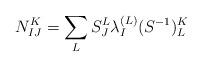
LaTeX: \begin{align*}N_{IJ}^K=\sum_LS_J^L\lambda _I^{(L)}(S^{-1})_L^K\end{align*}